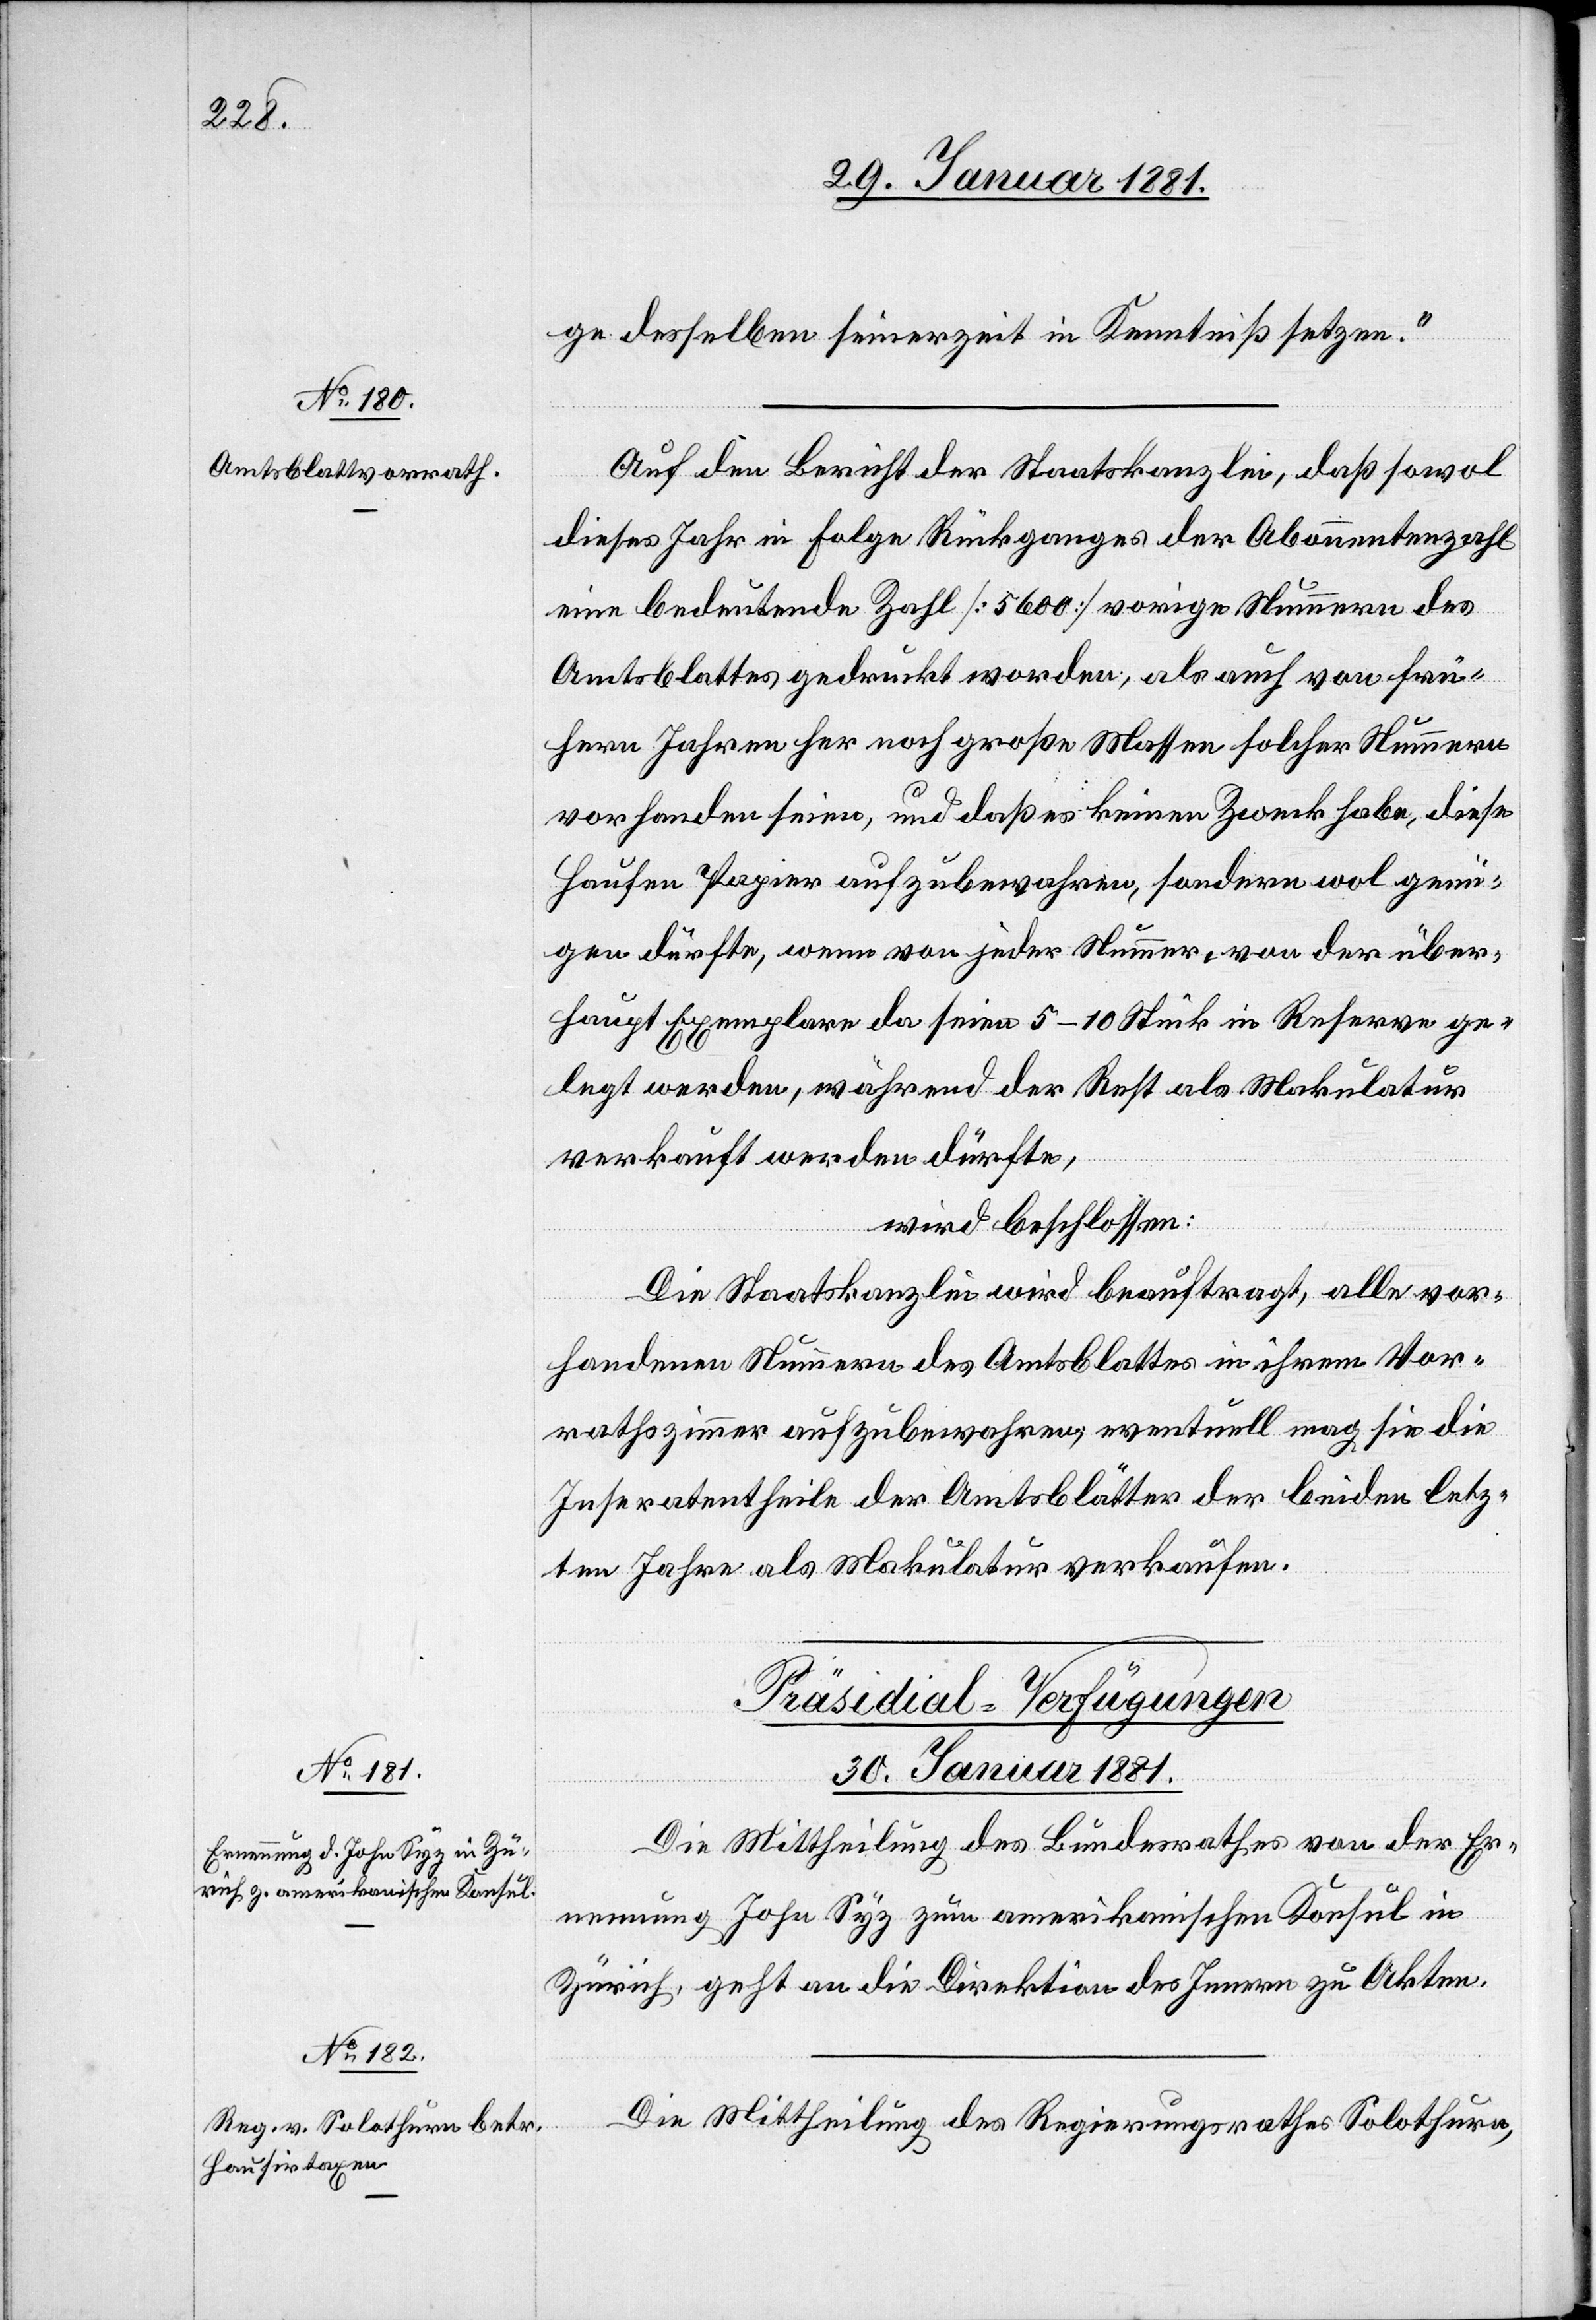
ge desselben seinerzeit in Kenntniß setzen.“
Auf den Bericht der Staatskanzlei, daß sowol
dieses Jahr in Folge Rückganges der Abonnentenzahl
eine bedeutende Zahl [5600] vorige Nummern des
Amtsblattes gedruckt worden, als auch von frü¬
hern Jahren her noch große Massen solcher Nummern
vorhanden seien, und daß es keinen Zweck habe, diese
Haufen Papier aufzubewahren, sondern wol genü¬
gen dürfte, wenn von jeder Nummer von der über¬
haupt Exemplare da seien 5–10 Stück in Reserve ge¬
legt werden, während der Rest als Makulatur
verkauft werden dürfte,
wird beschlossen:
Die Staatskanzlei wird beauftragt, alle vor¬
handenen Nummern des Amtsblattes in ihrem Vor¬
rathszimmer aufzubewahren, eventuell mag sie die
Inseratentheile der Amtsblätter der beiden letz¬
ten Jahre als Makulatur verkaufen.
[Präsidial-Verfügungen
30. Januar 1881.]
Die Mittheilung des Bundesrathes von der Er¬
nennung John Syz zum amerikanischen Konsul in
Zürich, geht an die Direktion des Innern zu Akten.
Die Mittheilung des Regierungsrathes Solothurn,